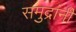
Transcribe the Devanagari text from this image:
समुद्रांनी